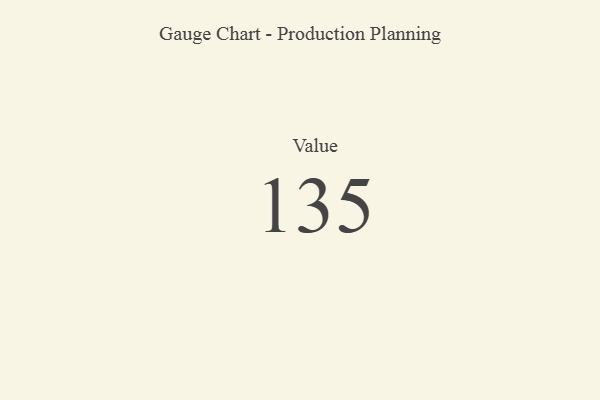
{"axis": {"x": "Metric", "y": "Value"}, "legend": [""], "data": [{"x": "Value", "y": 135, "type": ""}]}